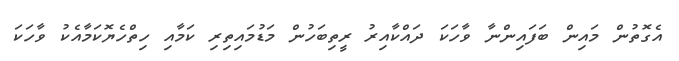
އެގޮތުން މައިން ބަފައިންނާ ވާހަކަ ދައްކާއިރު ރީތިބަހުން މަޑުމައިތިރި ކަމާއި ހިތްހެޔޮކަމާއެކު ވާހަކަ